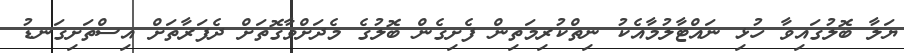
ޔަލާ ބޮލުގައިވާ ހުޅި ނައްޓާލުމާއެކު ނިތްކުރިމަތިން ފެށިގެން ބޮލުގެ މެދަށްވާގޮތަށް ދެފަރާތަށް އިސްތަށިގަނޑު